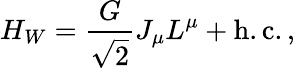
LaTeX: H_{W}=\frac{G}{\sqrt{2}}J_{\mu}L^{\mu}+\mathrm{h.c.}\, ,